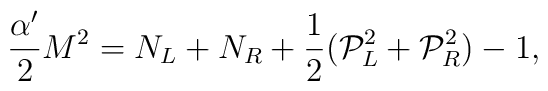
\frac{\alpha'}{2} M^{2} = N_{L} + N_{R} + \frac{1}{2}({\cal P}_{L}^2 + {\cal P}_{R}^{2}) - 1 ,